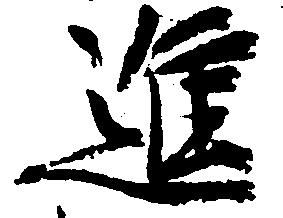
進